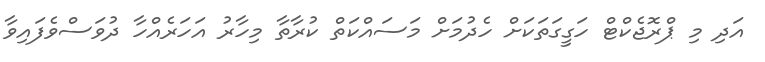
އަދި މި ޕްރޮޖެކްޓް ހަގީގަތަކަށް ހެދުމަށް މަސައްކަތް ކުރާތާ މިހާރު އަހަރެއްހާ ދުވަސްވެފައިވާ